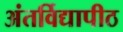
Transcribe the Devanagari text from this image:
अंतर्विद्यापीठ